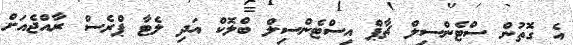
އެ ގޮތުން ސްޓެންސިލް ޗާޕް އިސްޓެންސިލް ބްލޮކް އަދި ލެޓާ ޕްރެސް ރާއްޖެއަށް